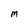
Character: M